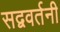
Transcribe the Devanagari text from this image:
सद्ववर्तनी